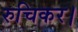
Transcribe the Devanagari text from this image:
रुचिकर।